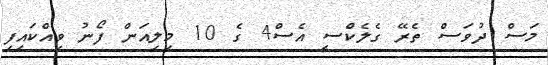
މަސް ދުވަސް ތެރޭ ގެލެކްސީ އެސް4 ގެ 10 މިލިއަން ފޯނު ވިއްކައިފި